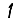
Digit: 1